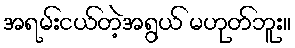
အရမ်းငယ်တဲ့အရွယ် မဟုတ်ဘူး။